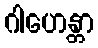
ဂါဟေန္တာ